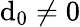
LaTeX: \mathrm{d}_{0}\neq0